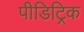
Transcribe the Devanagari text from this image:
पीडिट्रिक